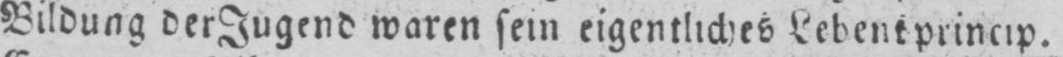
Bildung der Jugend waren sein eigentliches Lebensprincip.